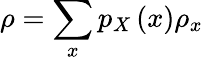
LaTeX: \rho=\sum_{x}p_{X}\left(x\right)\rho_{x}